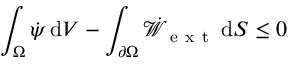
\int _ { \Omega } \dot { \psi } \, \mathrm { d } V - \int _ { \partial \Omega } \dot { \mathcal { W } } _ { \mathrm { ~ e ~ x ~ t ~ } } \, \mathrm { d } S \leq 0